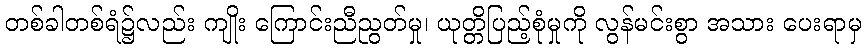
တစ်ခါတစ်ရံ၌လည်း ကျိုး ကြောင်းညီညွတ်မှု၊ ယုတ္တိပြည့်စုံမှုကို လွန်မင်းစွာ အသား ပေးရာမှ